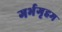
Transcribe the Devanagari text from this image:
गर्भगृहम